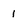
Character: 1